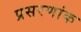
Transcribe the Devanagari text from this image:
प्रसरणांक